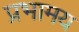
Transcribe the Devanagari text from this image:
प्रभामय